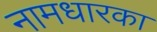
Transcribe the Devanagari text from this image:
नामधारका